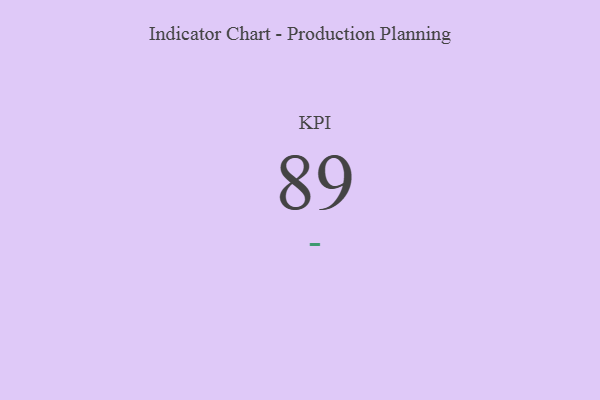
{"axis": {"x": "KPI", "y": "Value"}, "legend": [""], "data": [{"x": "KPI", "y": 89, "type": ""}]}